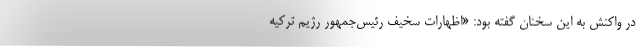
در واکنش به این سخنان گفته بود: «اظهارات سخیف رئیس‌جمهور رژیم ترکیه